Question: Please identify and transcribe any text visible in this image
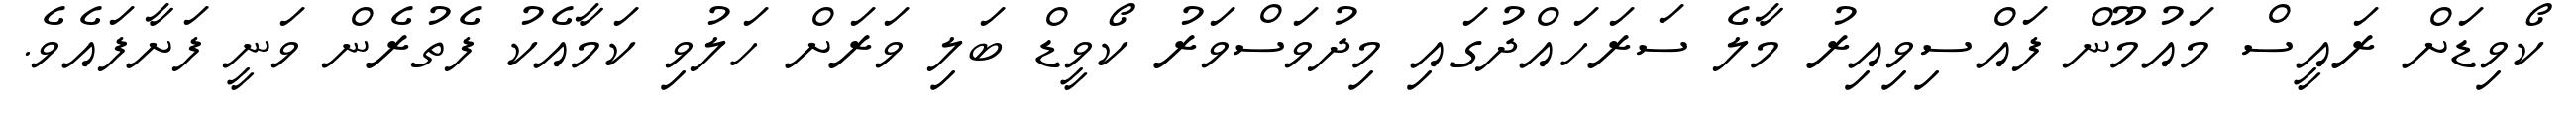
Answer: ކޯވިޑަށް ރައީސް މައުމޫން ފައްސިވިއިރު މާލެ ސަރަހައްދުގައި މިދުވަސްވަރު ކޯވީޑް ބަލި ވަރަށް ހަލުވި ކަމާއެކު ފެތުރެން ވަނީ ފަށާފައެވެ.